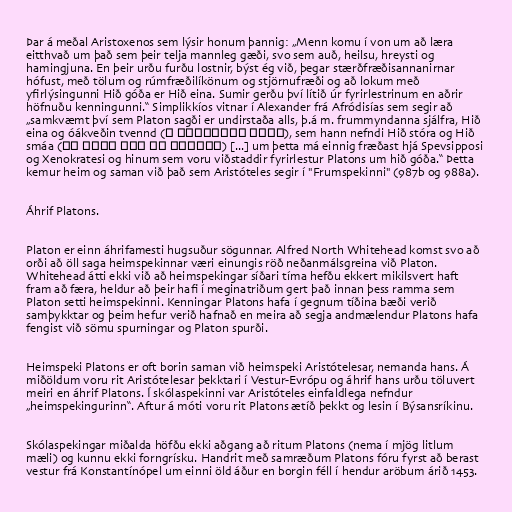
Þar á meðal Aristoxenos sem lýsir honum þannig: „Menn komu í von um að læra
eitthvað um það sem þeir telja mannleg gæði, svo sem auð, heilsu, hreysti og
hamingjuna. En þeir urðu furðu lostnir, býst ég við, þegar stærðfræðisannanirnar
hófust, með tölum og rúmfræðilíkönum og stjörnufræði og að lokum með
yfirlýsingunni Hið góða er Hið eina. Sumir gerðu því lítið úr fyrirlestrinum en aðrir
höfnuðu kenningunni.“ Simplikkíos vitnar í Alexander frá Afródisías sem segir að
„samkvæmt því sem Platon sagði er undirstaða alls, þ.á m. frummyndanna sjálfra, Hið
eina og óákveðin tvennd (ἡ ἀόριστος δυάς), sem hann nefndi Hið stóra og Hið
smáa (τὸ μέγα καὶ τὸ μικρόν) [...] um þetta má einnig fræðast hjá Spevsipposi
og Xenokratesi og hinum sem voru viðstaddir fyrirlestur Platons um hið góða.“ Þetta
kemur heim og saman við það sem Aristóteles segir í "Frumspekinni" (987b og 988a).

Áhrif Platons.

Platon er einn áhrifamesti hugsuður sögunnar. Alfred North Whitehead komst svo að
orði að öll saga heimspekinnar væri einungis röð neðanmálsgreina við Platon.
Whitehead átti ekki við að heimspekingar síðari tíma hefðu ekkert mikilsvert haft
fram að færa, heldur að þeir hafi í meginatriðum gert það innan þess ramma sem
Platon setti heimspekinni. Kenningar Platons hafa í gegnum tíðina bæði verið
samþykktar og þeim hefur verið hafnað en meira að segja andmælendur Platons hafa
fengist við sömu spurningar og Platon spurði.

Heimspeki Platons er oft borin saman við heimspeki Aristótelesar, nemanda hans. Á
miðöldum voru rit Aristótelesar þekktari í Vestur-Evrópu og áhrif hans urðu töluvert
meiri en áhrif Platons. Í skólaspekinni var Aristóteles einfaldlega nefndur
„heimspekingurinn“. Aftur á móti voru rit Platons ætíð þekkt og lesin í Býsansríkinu.

Skólaspekingar miðalda höfðu ekki aðgang að ritum Platons (nema í mjög litlum
mæli) og kunnu ekki forngrísku. Handrit með samræðum Platons fóru fyrst að berast
vestur frá Konstantínópel um einni öld áður en borgin féll í hendur aröbum árið 1453.